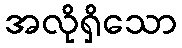
အလိုရှိသော